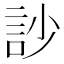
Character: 訬